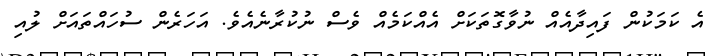
އެ ކަމަކުން ފައިދާއެއް ނުވާގޮތަކަށް އެއްކަމެއް ވެސް ނުކުރާނެއެވެ. އަހަރެން ސުހައްތައަށް ލުއި